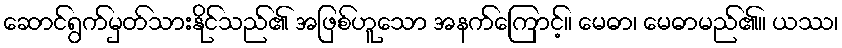
ဆောင်ရွက်မှတ်သားနိုင်သည်၏ အဖြစ်ဟူသော အနက်ကြောင့်။ မေဓာ၊ မေဓာမည်၏။ ယဿ၊